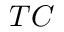
T C